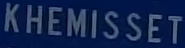
KHEMISSET